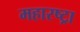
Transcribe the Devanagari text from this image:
महारष्ट्रा